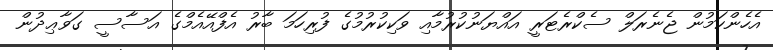
އެހެންކަމުން ޖެނެރަލް ސެކްރެޓަރީ އައްޔަނުކުރުމާއި ވަކިކުރުމުގެ ފުރިހަމަ ބާރު އެފްއޭއެމްގެ އަސާސީ ގަވާޢިދުން